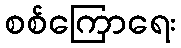
စစ်ကြောရေး